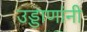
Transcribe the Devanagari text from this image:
उड्डाणांनी